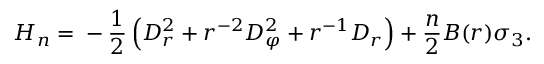
H _ { n } = { } - \frac 1 2 \left( { \cal D } _ { r } ^ { 2 } + r ^ { - 2 } { \cal D } _ { \varphi } ^ { 2 } + r ^ { - 1 } { \cal D } _ { r } \right) + \frac n 2 B ( r ) \sigma _ { 3 } .